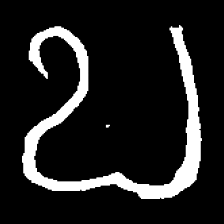
Pyu character \u2014 Myanmar letter: ဎ (romanized: ddha)